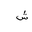
Letter: _shin